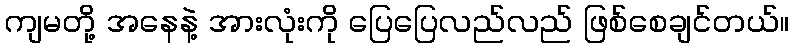
ကျမတို့ အနေနဲ့ အားလုံးကို ပြေပြေလည်လည် ဖြစ်စေချင်တယ်။